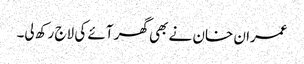
عمران خان نے بھی گھر آئے کی لاج رکھ لی۔